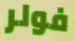
فولر